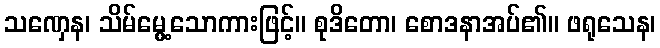
သဏှေန၊ သိမ်မွေ့သောကားဖြင့်။ စုဒိတော၊ စောဒနာအပ်၏။ ဖရုသေန၊